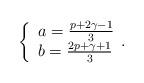
LaTeX: \begin{align*}\left\{ \begin{array}{l}a=\frac{p+2\gamma-1}{3} \\b=\frac{2p+\gamma+1}{3}\end{array}. \right.\end{align*}